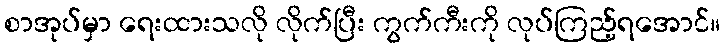
စာအုပ်မှာ ရေးထားသလို လိုက်ပြီး ကွက်ကီးကို လုပ်ကြည့်ရအောင်။